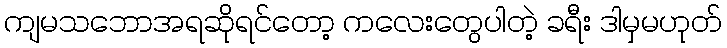
ကျမသဘောအရဆိုရင်တော့ ကလေးတွေပါတဲ့ ခရီး ဒါမှမဟုတ်